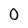
Character: O